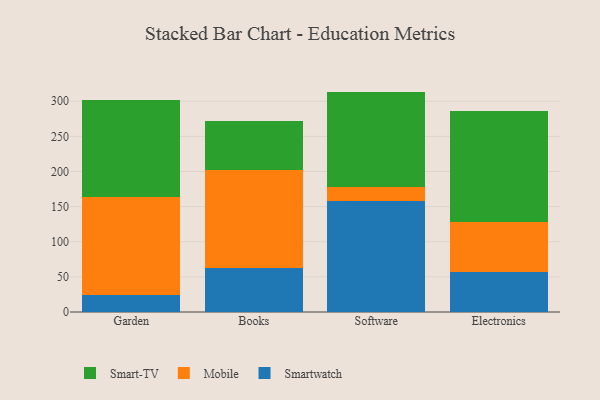
{"axis": {"x": "Category", "y": "Shipments"}, "legend": ["Mobile", "Smart-TV", "Smartwatch"], "data": [{"x": "Garden", "y": 23.7, "type": "Smartwatch"}, {"x": "Garden", "y": 139.9, "type": "Mobile"}, {"x": "Garden", "y": 138.3, "type": "Smart-TV"}, {"x": "Books", "y": 62.2, "type": "Smartwatch"}, {"x": "Books", "y": 139.8, "type": "Mobile"}, {"x": "Books", "y": 69.6, "type": "Smart-TV"}, {"x": "Software", "y": 158.2, "type": "Smartwatch"}, {"x": "Software", "y": 19.1, "type": "Mobile"}, {"x": "Software", "y": 136.4, "type": "Smart-TV"}, {"x": "Electronics", "y": 56.9, "type": "Smartwatch"}, {"x": "Electronics", "y": 70.6, "type": "Mobile"}, {"x": "Electronics", "y": 158.9, "type": "Smart-TV"}]}